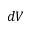
d V